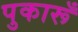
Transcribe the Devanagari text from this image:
पुकारूँ